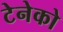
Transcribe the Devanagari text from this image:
टेनेको